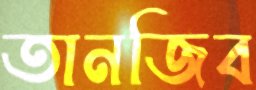
তানজিব